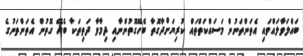
ބައްލަވާލައްވައި އެތަންތަނުން މަސައްކަތްތައް ކުރިޔަށްދާގޮތާ ބެހޭގޮތުންނާއި ދިމާވާ ދަތިތަކާ ބެހޭ ގޮތުން އެތަންތަނުގެ